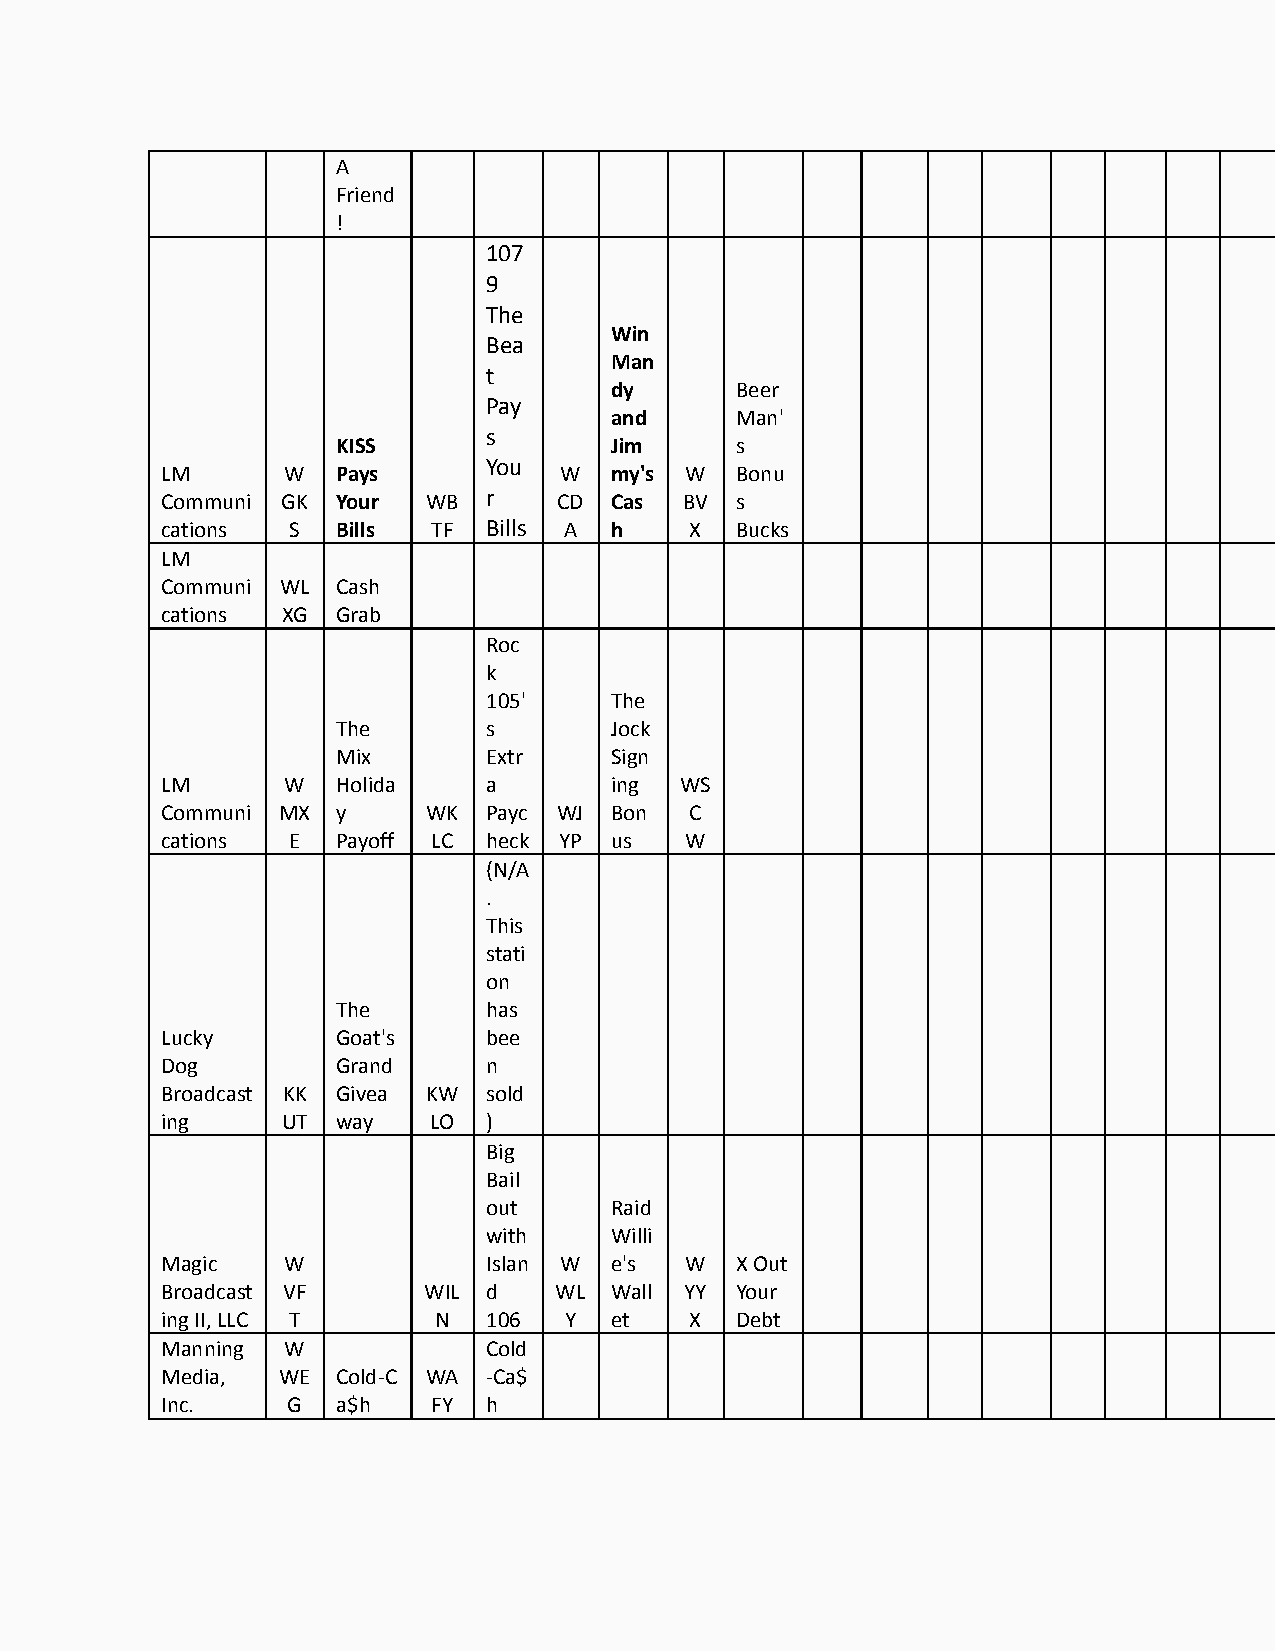
A
 Friend
 !
 107
 9
 The
 Win
 Bea
 Man
 t
 dy       Beer
 Pay
 and      Man'
 s
 KISS              Jim      s
 You
 LM      W  Pays           W  my's W   Bonu
 Communi GK Your  WB  r    CD Cas  BV  s
 cations S  Bills  TF Bills A h     X  Bucks
 LM
 Communi WL Cash
 cations XG Grab
 Roc
 k
 105'    The
 The       s       Jock
 Mix       Extr    Sign
 LM      W  Holida    a       ing  WS
 Communi MX y     WK  Payc WJ Bon   C
 cations E  Payoff LC heck YP us   W
 (N/A
 .
 This
 stati
 on
 The       has
 Lucky      Goat's    bee
 Dog        Grand     n
 Broadcast KK Givea KW sold
 ing     UT way   LO  )
 Big
 Bail
 out     Raid
 with    Willi
 Magic   W            Islan W e's  W   X Out
 Broadcast VF     WIL d    WL Wall YY  Your
 ing II, LLC T     N  106  Y  et    X  Debt
 Manning W            Cold
 Media, WE  Cold-C WA -Ca$
 Inc.    G  a$h    FY h